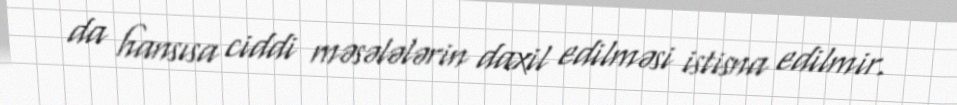
da hansısa ciddi məsələlərin daxil edilməsi istisna edilmir.